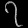
Digit: ၇